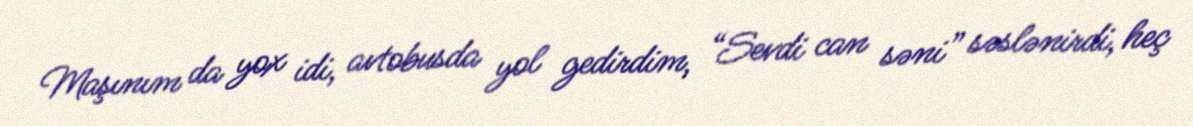
Maşınım da yox idi, avtobusda yol gedirdim, “Sevdi can səni” səslənirdi, heç